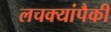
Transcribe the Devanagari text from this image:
लचक्यांपैकी